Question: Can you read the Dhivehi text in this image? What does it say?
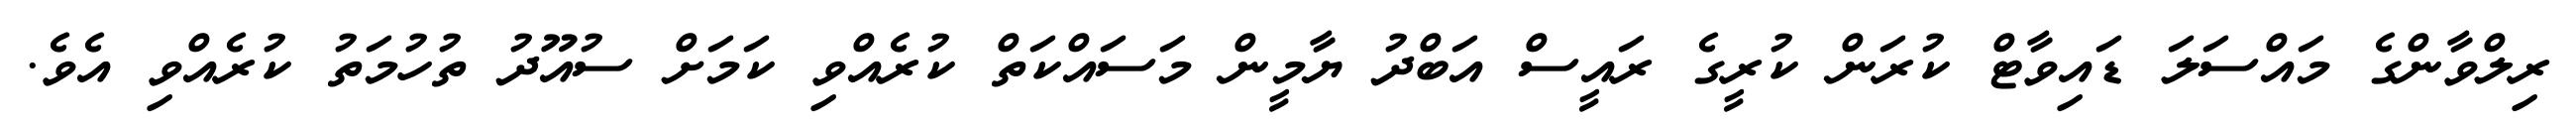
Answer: ރިލްވާންގެ މައްސަލަ ޑައިވާޓް ކުރަން ކުރީގެ ރައީސް އަބްދު ޔާމީން މަސައްކަތް ކުރެއްވި ކަމަށް ސުއޫދު ތުހުމަތު ކުރެއްވި އެވެ.